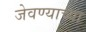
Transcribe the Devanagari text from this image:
जेवण्याच्या